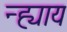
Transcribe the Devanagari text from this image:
न्ह्याय